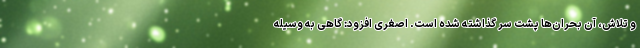
و تلاش، آن بحران‌ها پشت سر گذاشته شده‌ است. اصغری افزود: گاهی به وسیله